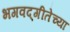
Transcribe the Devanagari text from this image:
भगवद्‌गीतेच्या